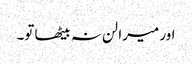
اور میرا لن نہ بیٹھا تو۔